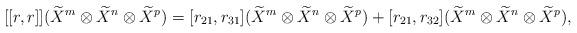
LaTeX: \begin{align*}[[r,r]](\widetilde{X}^{m}\otimes \widetilde{X}^{n}\otimes \widetilde{X}^{p})=[r_{21},r_{31}](\widetilde{X}^{m}\otimes \widetilde{X}^{n}\otimes \widetilde{X}^{p})+[r_{21},r_{32}](\widetilde{X}^{m}\otimes \widetilde{X}^{n}\otimes \widetilde{X}^{p}),\end{align*}